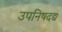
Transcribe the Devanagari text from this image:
उपनिषदद्य